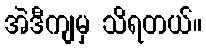
အဲဒီကျမှ သိရတယ်။